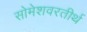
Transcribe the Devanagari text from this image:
सोमेशवरतीर्थ